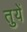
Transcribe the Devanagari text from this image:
तुयें